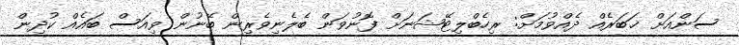
ސަންއަށް ޚަބަރެއް ދެއްވުމަށް: ރިހެބްލިޓޭޝަނަށް ފޮނުވަން ބެލެނިވެރިން ބޭނުން ވިއަސް ބައެއް ކުދިން